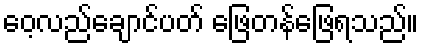
ဝေ့လည်ချောင်ပတ် ဖြေတန်ဖြေရသည်။